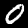
Digit: 0